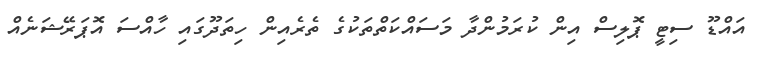
އައްޑޫ ސިޓީ ޕޮލިސް އިން ކުރަމުންދާ މަސައްކަތްތަކުގެ ތެރެއިން ހިތަދޫގައި ހާއްސަ އޮޕަރޭޝަނެއް